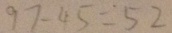
9 7 - 4 5 = 5 2